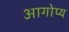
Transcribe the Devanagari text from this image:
आगोप्य